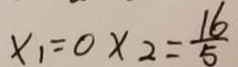
x _ { 1 } = 0 x _ { 2 } = \frac { 1 6 } { 5 }